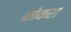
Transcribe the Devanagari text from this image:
नोकरा